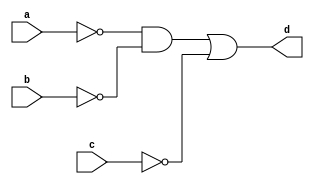
`timescale 1ns / 1ps

module inv(
    input a,
    input b,
    input c,
    output d
);
    
assign d = ((~a & ~b) | (~c));
endmodule